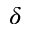
\delta